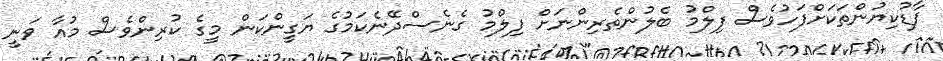
ފާޑުކިޔުންތަކަށްފަހުވެސް ފިލްމު ބެލުންތެރިންނަށް ފިލްމު ގެނެސްދޭނެކަމުގެ ޔަގީންކަން މީގެ ކުރިންވެސް މުއާ ވަނީ